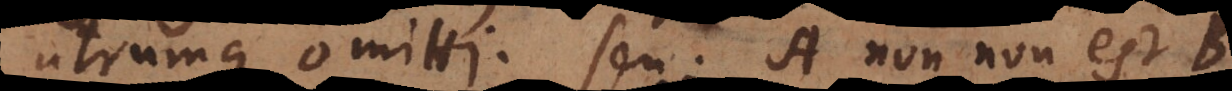
utrumque omitti. Seu: A non non est B